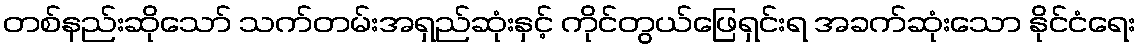
တစ်နည်းဆိုသော် သက်တမ်းအရှည်ဆုံးနှင့် ကိုင်တွယ်ဖြေရှင်းရ အခက်ဆုံးသော နိုင်ငံရေး